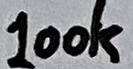
Text: 100k